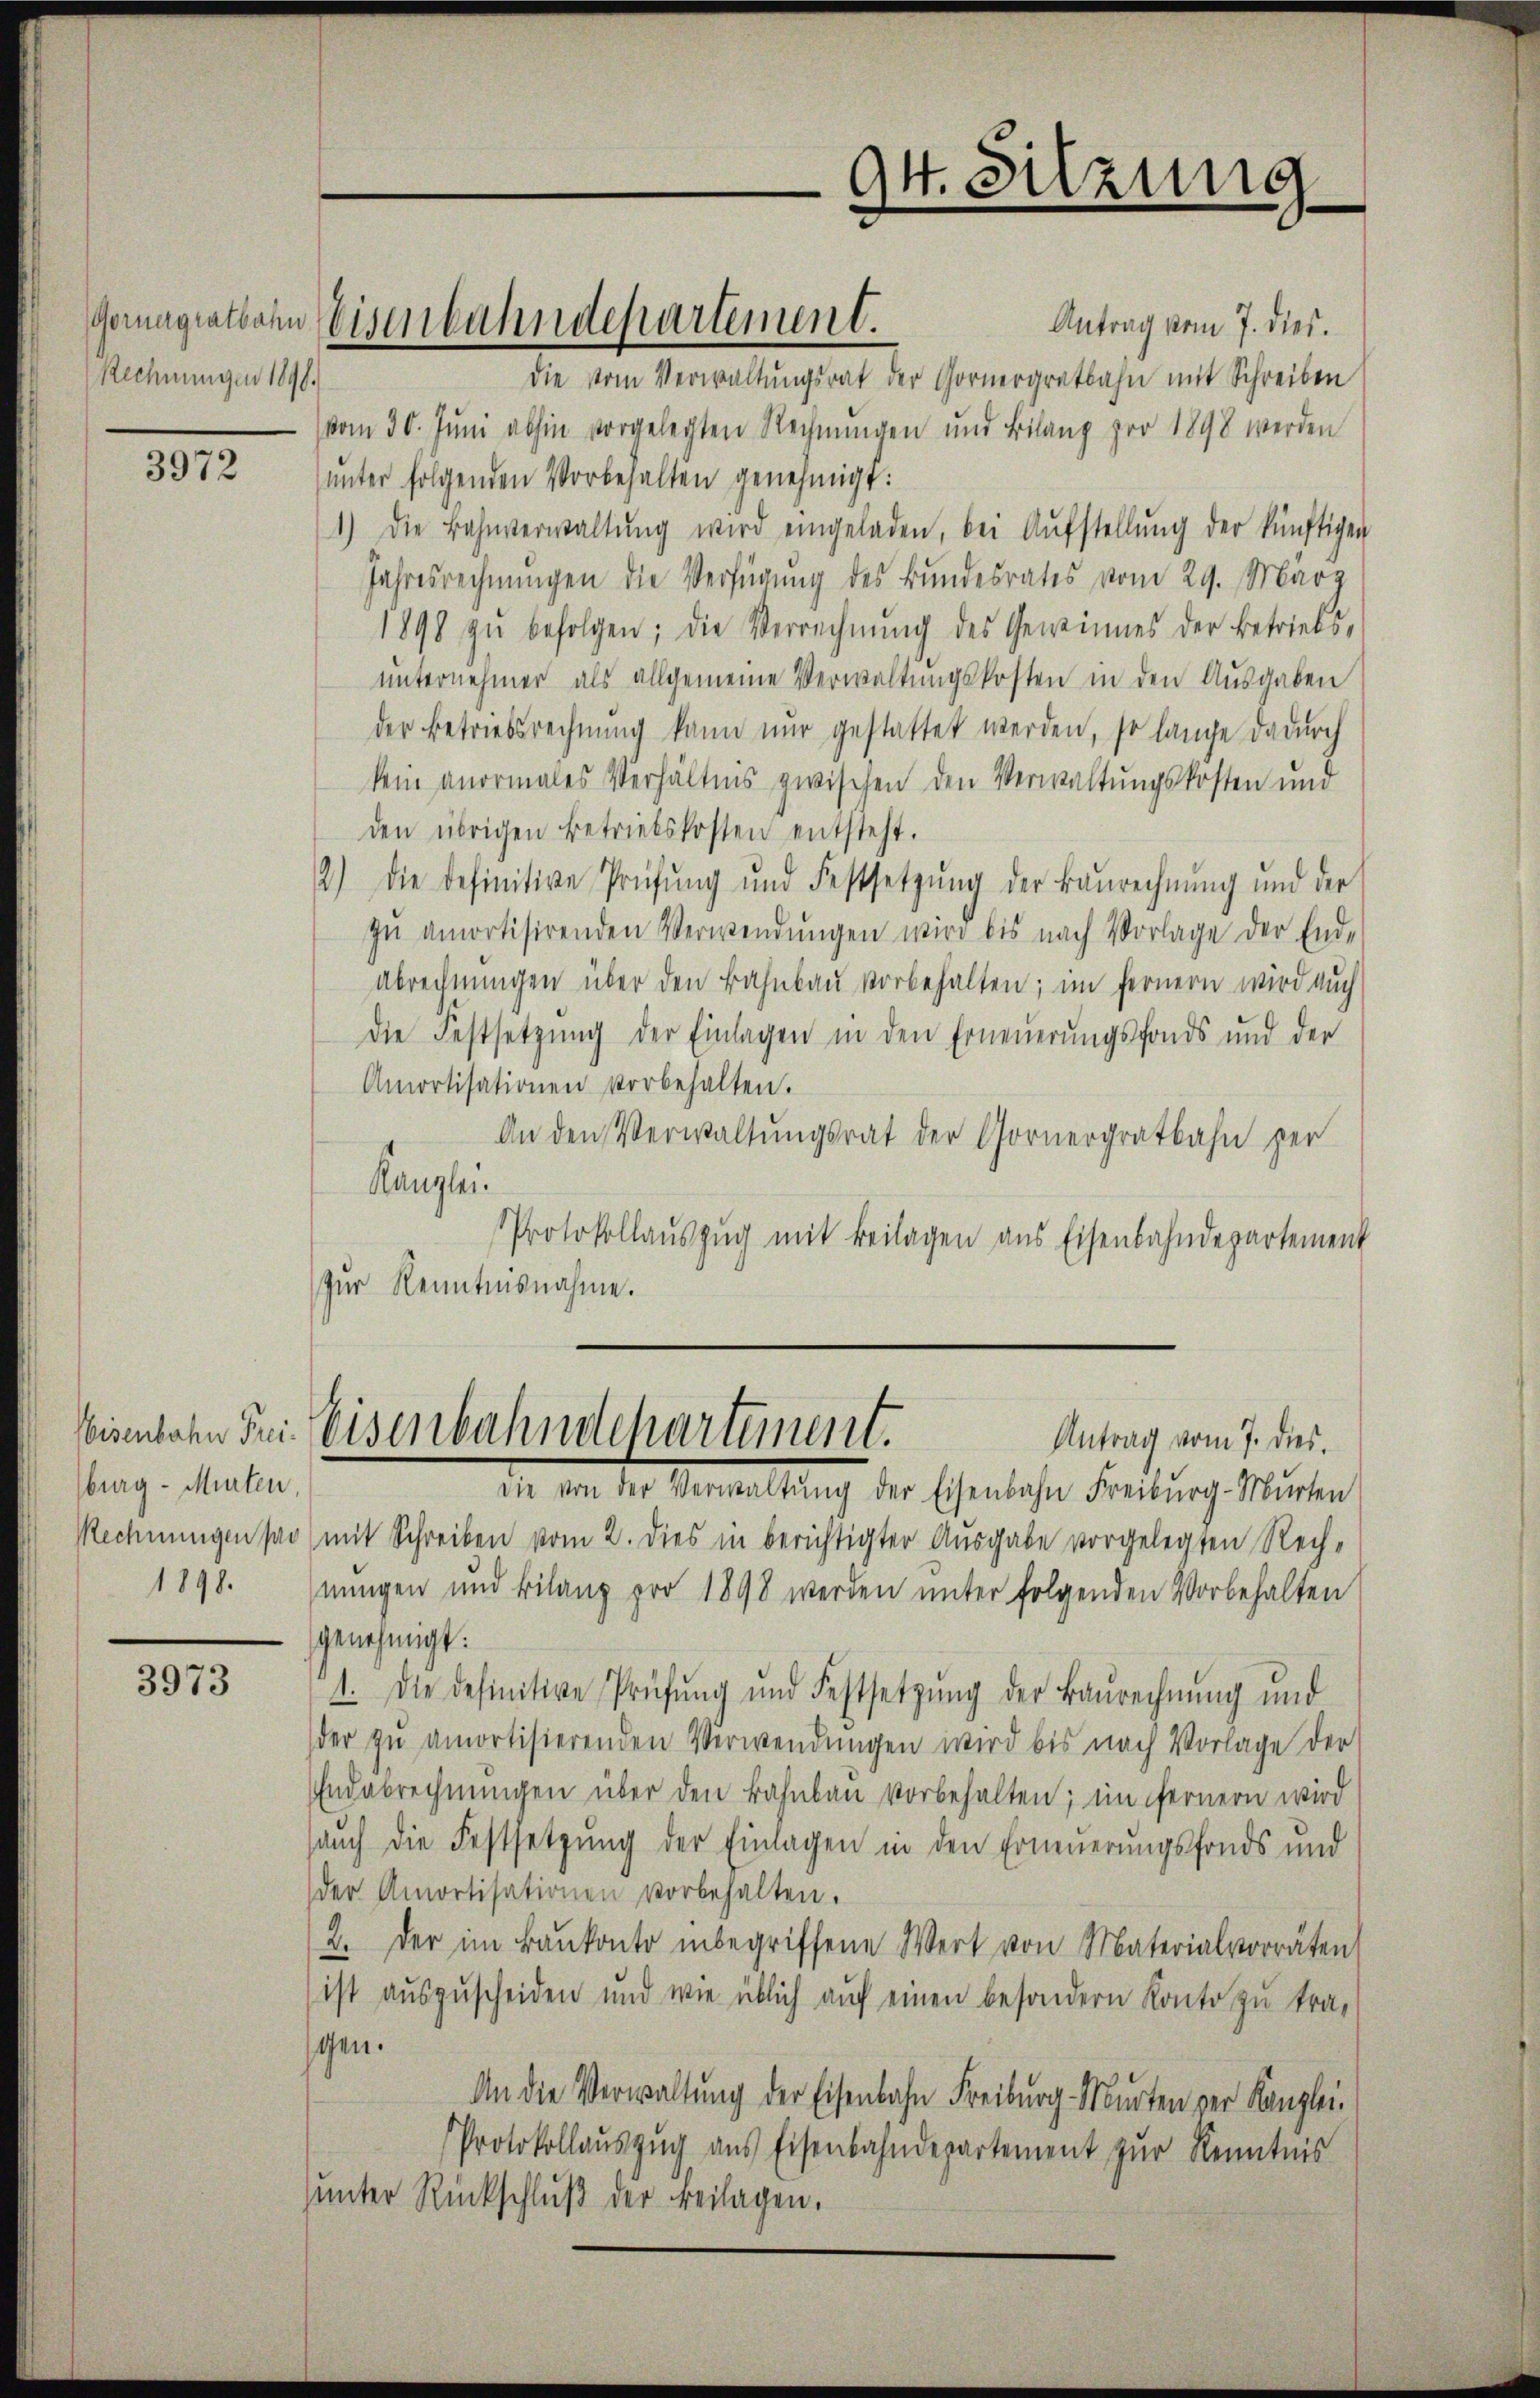
Rechnungen 1848.

3972

burg - Mieten,
1898.

3973

Antrag vom 7. dies.
die vom Verwaltungsrat der Gornergratbahn mit Schreiben
vom 30. Jŭni abhin vorgelegten Rechnŭngen und Bilanz pro 1898 werden
unter folgenden Vorbehalten genehmigt:
1) Die Bahnverwaltŭng wird eingeladen, bei Aŭfstellŭng der künftigen
Jahresrechnungen die Verfügung des Bundesrates vom 29. März
1898 zŭ befolgen; die Verrechnŭng des Gewinnes der betriebs-
unternehmer als allgemeine Verwaltungskosten in den Ausgaben
der Betriebsrechnung kann nur gestattet werden, so lange dadurch
kein anormales Verhältnis zwischen den Verwaltungskosten und
den übrigen Betriebskosten entsteht.
2.) Die definitive Prüfŭng und Festsetzŭng der Baurechnŭng und der
zŭ amortisirenden Verwendŭngen wird bis nach Vorlage der End-
Abrechnungen über den Bahnbau vorbehalten; im fernern wird auch
Die Festsetzung der Einlagen in den Erneuerungsfonds und der
Amortisationen vorbehalten.
An den Verwaltungsrat der Gornergratbahn per
Kanzlei.
Protokollauszug mit Beilagen aus Eisenbahndepartement
zur Kenntnisnahme.

Gerungratharin Weisenbahndepartement.

Ott. Sitzung

Weisenbahn Frei Weisenbahndepartement.
Antrag vom 7. dies.

die von der Verwaltŭng der Eisenbahn Freiburg-Mŭrten
Rechnungen par mit Schreiben vom 2. dies in berichtigter Ausgabe vorgelegten Rechnungen und Bilanz pro 1898 werden unter folgenden Vorbehalten
genehmigt:
1. Die definitive Prüfŭng und Festsetzŭng der Baŭrechnŭng und
der zu amortisierenden Verwendungen wird bis nach Vorlage der
Endabrechnŭngen über den Bahnbau vorbehalten; im fernern wird
auch die Festsetzung der Einlagen in den Erneuerungsfonds und
der Amortisationen vorbehalten.
2. der im Baŭkonto inbegriffene Wert von Materialvorräten
ist auszuscheiden und wie üblich auf einen besondern Konto zu tra-
schen.
An die Verwaltung der Eisenbahn Freiburg Murten der Kanzlei-
Protokollauszug aus Eisenbahndepartement zur Kenntnis
unter Rückschluß der Beilagen.